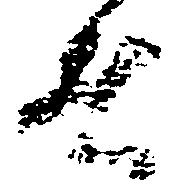
者